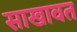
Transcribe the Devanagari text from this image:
साखावत